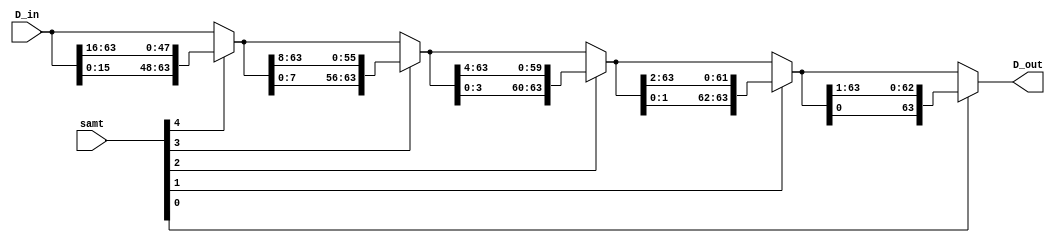
`timescale 1ns / 1ps
//////////////////////////////////////////////////////////////////////////////////
// Company: 
// Engineer: 
// 
// Design Name: 
// Module Name:    barrel_rotate_right 
// Project Name: 
// Target Devices: 
// Tool versions: 
// Description: 
//
// Dependencies: 
//
// Revision: 
// Revision 0.01 - File Created
// Additional Comments: 
//
//////////////////////////////////////////////////////////////////////////////////
module barrel_rotate_right(D_in, samt, D_out);
    
input [63:0] D_in;
input [4:0] samt;
wire [63:0] b_stage_3, b_stage_2, b_stage_1, b_stage_0;
output wire [63:0] D_out;

assign b_stage_3 = samt[4] ? {D_in[15:0],     D_in[63:16]} : D_in;
assign b_stage_2 = samt[3] ? {b_stage_3[7:0],  b_stage_3[63:8] } : b_stage_3;
assign b_stage_1 = samt[2] ? {b_stage_2[3:0],  b_stage_2[63:4] } : b_stage_2;
assign b_stage_0 = samt[1] ? {b_stage_1[1:0],  b_stage_1[63:2] } : b_stage_1;
assign D_out     = samt[0] ? {b_stage_0[0],    b_stage_0[63:1] } : b_stage_0; 

endmodule